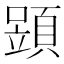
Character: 𩓶